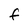
Character: F